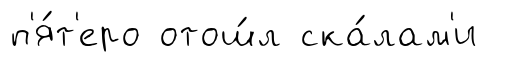
п'я́т'еро отош́л ска́лам'и